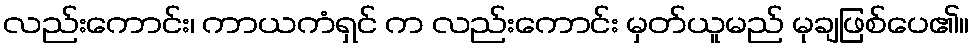
လည်းကောင်း၊ ကာယကံရှင် က လည်းကောင်း မှတ်ယူမည် မုချဖြစ်ပေ၏။